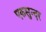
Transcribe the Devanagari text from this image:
एकसुन्दर